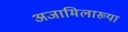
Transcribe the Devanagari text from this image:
अजामिलाख्या